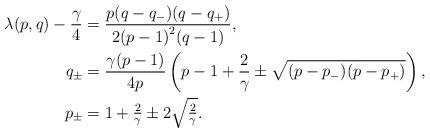
LaTeX: \begin{align*} \lambda(p, q) - \frac\gamma4 &= \frac{p(q-q_-)(q-q_+)}{2{(p-1)}^2(q-1)}, \\ q_{\pm} &= \frac{\gamma (p-1)}{4p} \left(p - 1 + \frac2\gamma \pm \sqrt{(p-p_-)(p-p_+)} \right), \\ p_\pm &= 1+\tfrac2\gamma \pm 2\sqrt{\tfrac2\gamma}.\end{align*}